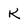
Character: K